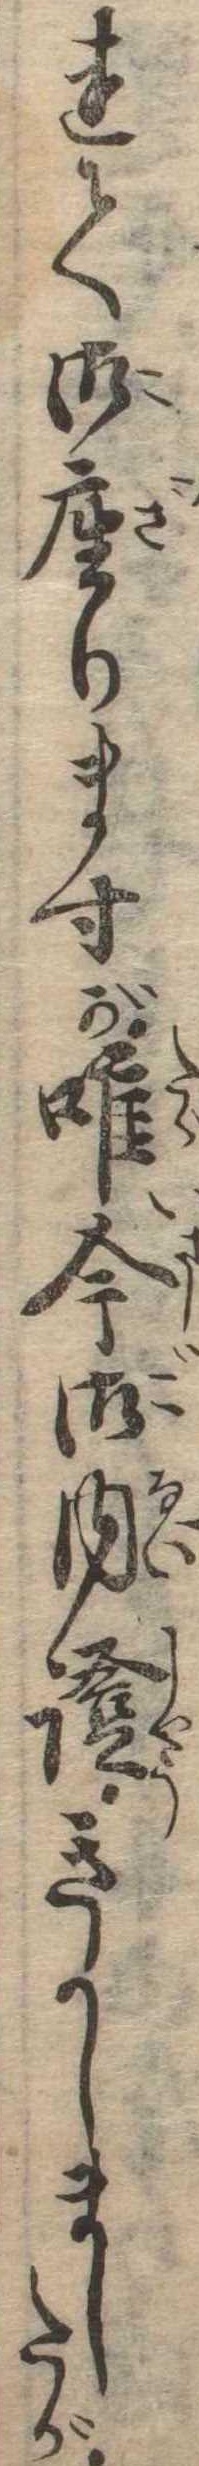
れて御座りますが唯今御内証きかしましたが